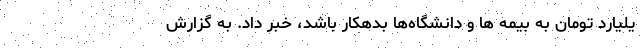
یلیارد تومان به بیمه ها و دانشگاه‌ها بدهکار باشد، خبر داد. به گزارش